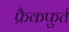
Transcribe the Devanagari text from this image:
फ्रैकफुर्त